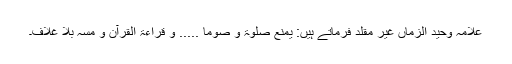
علامہ وحید الزماں غیر مقلد فرماتے ہیں: یمنع صلوٰۃ و صوما ..... و قراءۃ القرآن و مسہ بلا غلاف۔